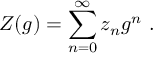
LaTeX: Z ( g ) = \sum _ { n = 0 } ^ { \infty } z _ { n } g ^ { n } \ .